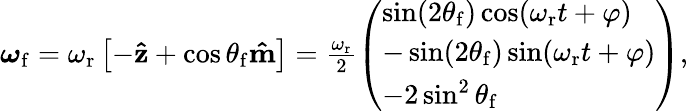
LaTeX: \begin{array}{r}{\boldsymbol{\omega}_{\mathrm{f}}=\omega_{\mathrm{r}}\left[-\mathbf{\hat{z}}+\cos\theta_{\mathrm{f}}\mathbf{\hat{m}}\right]=\frac{\omega_{\mathrm{r}}}{2}\left(\begin{array}{l}{\sin(2\theta_{\mathrm{f}})\cos(\omega_{\mathrm{r}}t+\varphi)}\\ {-\sin(2\theta_{\mathrm{f}})\sin(\omega_{\mathrm{r}}t+\varphi)}\\ {-2\sin^{2}\theta_{\mathrm{f}}}\end{array}\right),}\end{array}